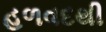
હળવદથી